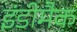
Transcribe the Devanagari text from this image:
इंडीमैक